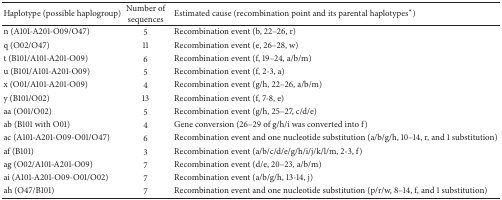
<table><thead><tr><td><b>Haplotype (possible haplogroup)</b></td><td><b>Number of sequences</b></td><td><b>Estimated cause (recombination point and its parental haplotypes*)</b></td></tr></thead><tbody><tr><td>n (A101-A201-O09/O47)</td><td>5</td><td>Recombination event (b, 22–26, r)</td></tr><tr><td>q (O02/O47)</td><td>11</td><td>Recombination event (e, 26–28, w)</td></tr><tr><td>t (B101/A101-A201-O09)</td><td>6</td><td>Recombination event (f, 19–24, a/b/m)</td></tr><tr><td>u (B101/A101-A201-O09)</td><td>5</td><td>Recombination event (f, 2-3, a)</td></tr><tr><td>x (O01/A101-A201-O09)</td><td>4</td><td>Recombination event (g/h, 22–26, a/b/m)</td></tr><tr><td>y (B101/O02)</td><td>13</td><td>Recombination event (f, 7-8, e)</td></tr><tr><td>aa (O01/O02)</td><td>5</td><td>Recombination event (g/h, 25–27, c/d/e)</td></tr><tr><td>ab (B101 with O01)</td><td>4</td><td>Gene conversion (26–29 of g/h/i was converted into f)</td></tr><tr><td>ac (A101-A201-O09-O01/O47)</td><td>6</td><td>Recombination event and one nucleotide substitution (a/b/g/h, 10–14, r, and 1 substitution)</td></tr><tr><td>af (B101)</td><td>3</td><td>Recombination event (a/b/c/d/e/g/h/i/j/k/l/m, 2-3, f)</td></tr><tr><td>ag (O02/A101-A201-O09)</td><td>7</td><td>Recombination event (d/e, 20–23, a/b/m)</td></tr><tr><td>ai (A101-A201-O09-O01/O02)</td><td>7</td><td>Recombination event (a/b/g/h, 13-14, j)</td></tr><tr><td>ah (O47/B101)</td><td>7</td><td>Recombination event and one nucleotide substitution (p/r/w, 8–14, f, and 1 substitution)</td></tr></tbody></table>